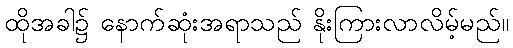
ထိုအခါ၌ နောက်ဆုံးအရာသည် နိုးကြားလာလိမ့်မည်။